Lunatic asylums Burma 1907-21 - 1907-1921
Year: 1907
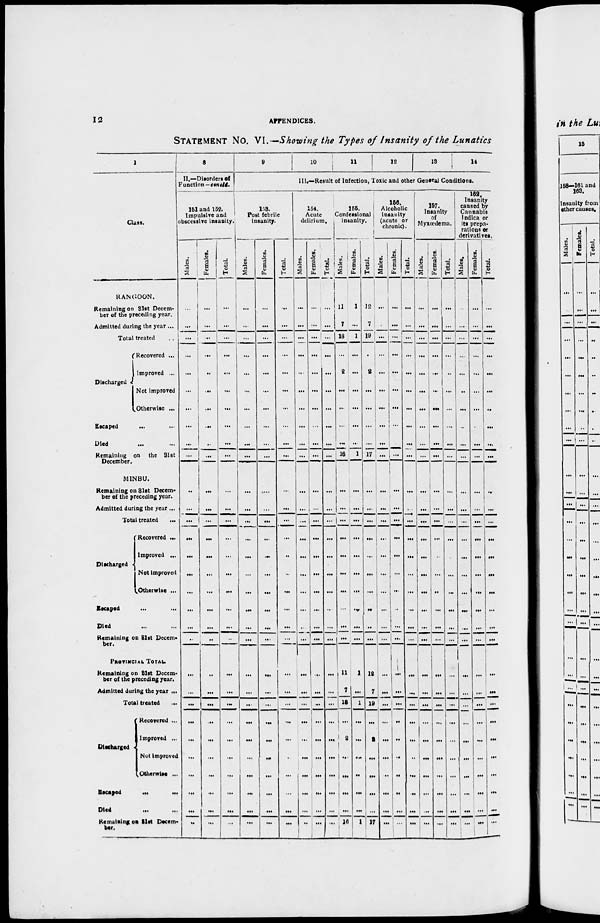
12
APPENDICES.
STATEMENT No. VI. —Showing the Types of Insanity of the Lunatics
1
Class.
RANGOON.
Remaining on 31st Decem-
ber of the preceding year.
Admitted during the year ...
Total treated ...
Discharged
Recovered ...
Improved ...
Not improved
Otherwise ...
Escaped ... ...
Died ... ...
Remaining on the 31st
December.
MINBU.
Remaining on 31st Decem-
ber of the preceding year.
Admitted during the year ...
Total treated ...
Discharged
Recovered ...
Improved ...
Not improved
Otherwise ...
Escaped ... ...
Died ... ...
Remaining on 31st Decem-
ber.
PROVINCIAL TOTAL.
Remaining on 31st Decem-
ber of the preceding year.
Admitted during the year ...
Total treated ...
Discharged
Recovered ...
Improved ...
Not improved
Otherwise ...
Escaped ... ...
Died ... ...
Remaining on 31st Decem-
ber.
8
II.—Disorders of
Function —concld.
151 and 152.
Impulsive and
obscessive insanity.
Males.
...
...
...
...
...
...
...
...
...
...
...
...
...
...
...
...
...
...
...
...
...
...
...
...
...
...
...
...
...
...
Females.
...
...
...
...
...
...
...
...
...
...
...
...
...
...
...
...
...
...
...
...
...
...
...
...
...
...
...
...
...
...
Total.
...
...
...
...
...
...
...
...
...
...
...
...
...
...
...
...
...
...
...
...
...
...
...
...
...
...
...
...
...
...
9
10
11
12
13
14
III.—Result of Infection, Toxic and other General Conditions.
153.
Post febrile
insanity.
Males.
...
...
...
...
...
...
...
...
...
...
...
...
...
...
...
...
...
...
...
...
...
...
...
...
...
...
...
...
...
...
Females.
...
...
...
...
...
...
...
...
...
...
...
...
...
...
...
...
...
...
...
...
...
...
...
...
...
...
...
...
...
...
Total.
...
...
...
...
...
...
...
...
...
...
...
...
...
...
...
...
...
...
...
...
...
...
...
...
...
...
...
...
...
...
154.
Acute
delirium.
Males.
...
...
...
...
...
...
...
...
...
...
...
...
...
...
...
...
...
...
...
...
...
...
...
...
...
...
...
...
...
...
Females.
...
...
...
...
...
...
...
...
...
...
...
...
...
...
...
...
...
...
...
...
...
...
...
...
...
...
...
...
...
...
Total.
...
...
...
...
...
...
...
...
...
...
...
...
...
...
...
...
...
...
...
...
...
...
...
...
...
...
...
...
...
...
155.
Confessional
insanity.
Males.
11
7
18
...
2
...
...
...
...
16
...
...
...
...
...
...
...
...
...
...
11
7
18
...
2
...
...
...
...
16
Females.
1
...
1
...
...
...
...
...
...
1
...
...
...
...
...
...
...
...
...
...
1
...
1
...
...
...
...
...
...
1
Total.
12
7
19
...
2
...
...
...
...
17
...
...
...
...
...
...
...
...
...
...
12
7
19
...
2
...
...
...
...
17
156.
Alcoholic
insanity
(acute or
chronic).
Males.
...
...
...
...
...
...
...
...
...
...
...
...
...
...
...
...
...
...
...
...
...
...
...
...
...
...
...
...
...
...
Females.
...
...
...
...
...
...
...
...
...
...
...
...
...
...
...
...
...
...
...
...
...
...
...
...
...
...
...
...
...
...
Total.
...
...
...
...
...
...
...
...
...
...
...
...
...
...
...
...
...
...
...
...
...
...
...
...
...
...
...
...
...
...
157.
Insanity
of
Myxœdema.
Males.
...
...
...
...
...
...
...
...
...
...
...
...
...
...
...
...
...
...
...
...
...
...
...
...
...
...
...
...
...
...
Females.
...
...
...
...
...
...
...
...
...
...
...
...
...
...
...
...
...
...
...
...
...
...
...
...
...
...
...
...
...
...
Total.
...
...
...
...
...
...
...
...
...
...
...
...
...
...
...
...
...
...
...
...
...
...
...
...
...
...
...
...
...
...
162.
Insanity
caused by
Cannabis
Indica or
its prepa-
rations or
derivatives.
Males.
...
...
...
...
...
...
...
...
...
...
...
...
...
...
...
...
...
...
...
...
...
...
...
...
...
...
...
...
...
...
Females.
...
...
...
...
...
...
...
...
...
...
...
...
...
...
...
...
...
...
...
...
...
...
...
...
...
...
...
...
...
...
Total.
...
...
...
...
...
...
...
...
...
...
...
...
...
...
...
...
...
...
...
...
...
...
...
...
...
...
...
...
...
...